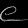
Digit: ၉